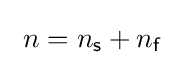
\ n=n_{\mathsf {s}}+n_{\mathsf {f}}~